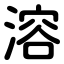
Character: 溶